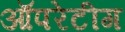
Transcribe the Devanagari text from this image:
ऑपरेटीग